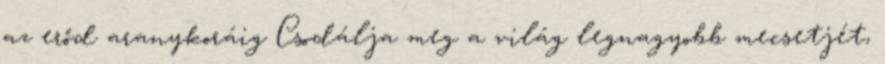
az erőd aranykoráig Csodálja meg a világ legnagyobb mecsetjét,